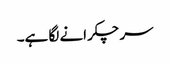
سر چکرانے لگا ہے۔